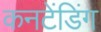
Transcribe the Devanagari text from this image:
कनटेंडिंग